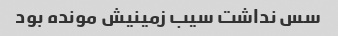
سس نداشت سیب زمینیش مونده بود